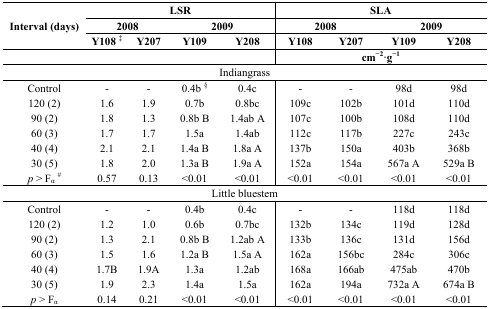
| <ROWSPAN=3> Interval (days) | <COLSPAN=4> LSR | <COLSPAN=4> SLA |
 | <COLSPAN=2> 2008 | <COLSPAN=2> 2009 | <COLSPAN=2> 2008 | <COLSPAN=2> 2009 |
 | Y108 ‡ | Y207 | Y109 | Y208 | Y108 | Y207 | Y109 | Y208 |
 |  |  |  | <COLSPAN=2>  | <COLSPAN=4> cm−2·g−1 |
 | --- | --- | --- | --- | --- | --- | --- | --- | --- |
 | <COLSPAN=9> Indiangrass |
 | Control | - | - | 0.4b § | 0.4c | - | - | 98d | 98d |
 | 120 (2) | 1.6 | 1.9 | 0.7b | 0.8bc | 109c | 102b | 101d | 110d |
 | 90 (2) | 1.8 | 1.3 | 0.8b B | 1.4ab A | 107c | 100b | 108d | 110d |
 | 60 (3) | 1.7 | 1.7 | 1.5a | 1.4ab | 112c | 117b | 227c | 243c |
 | 40 (4) | 2.1 | 2.1 | 1.4a B | 1.8a A | 137b | 150a | 403b | 368b |
 | 30 (5) | 1.8 | 2.0 | 1.3a B | 1.9a A | 152a | 154a | 567a A | 529a B |
 | p > Fα# | 0.57 | 0.13 | <0.01 | <0.01 | <0.01 | <0.01 | <0.01 | <0.01 |
 | <COLSPAN=9> Little bluestem |
 | Control | - | - | 0.4b | 0.4c | - | - | 118d | 118d |
 | 120 (2) | 1.2 | 1.0 | 0.6b | 0.7bc | 132b | 134c | 119d | 128d |
 | 90 (2) | 1.3 | 2.1 | 0.8b B | 1.2ab A | 133b | 136c | 131d | 156d |
 | 60 (3) | 1.5 | 1.6 | 1.2a B | 1.5a A | 162a | 156bc | 284c | 306c |
 | 40 (4) | 1.7B | 1.9A | 1.3a | 1.2ab | 168a | 166ab | 475ab | 470b |
 | 30 (5) | 1.9 | 2.3 | 1.4a | 1.5a | 162a | 194a | 732a A | 674a B |
 | p > Fα | 0.14 | 0.21 | <0.01 | <0.01 | <0.01 | <0.01 | <0.01 | <0.01 |